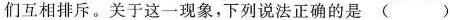
们互相排斥。关于这一现象，下列说法正确的是（）